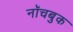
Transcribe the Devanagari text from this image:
नॉचबुक